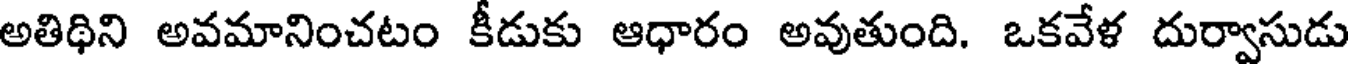
అతిథిని అవమానించటం కీడుకు ఆధారం అవుతుంది. ఒకవేళ దుర్వాసుడు